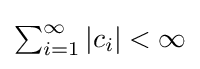
{\textstyle \sum _{i=1}^{\infty }|c_{i}|<\infty }